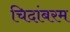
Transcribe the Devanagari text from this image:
चिदांबरम